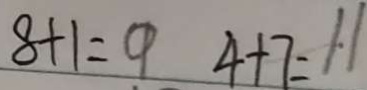
8 + 1 = 9 4 + 7 = 1 1